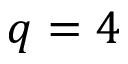
q = 4